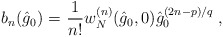
\begin{align*}b_n(\hat g_0) = \left.\frac{1}{n!} w _N^{(n)} (\hat g_0 , 0) \hat g_0 ^{ (2n-p)/q} \right.,\end{align*}